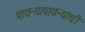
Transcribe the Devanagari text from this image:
पायऱ्यापायऱ्यांची